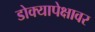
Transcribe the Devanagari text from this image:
डोक्यापेक्षावर